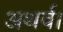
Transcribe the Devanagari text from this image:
अथर्व।